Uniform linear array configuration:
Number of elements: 16
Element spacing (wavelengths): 0.75
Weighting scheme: cosine
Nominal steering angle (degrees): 30
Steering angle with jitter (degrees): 31.88
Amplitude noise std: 0.05
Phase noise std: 0.05

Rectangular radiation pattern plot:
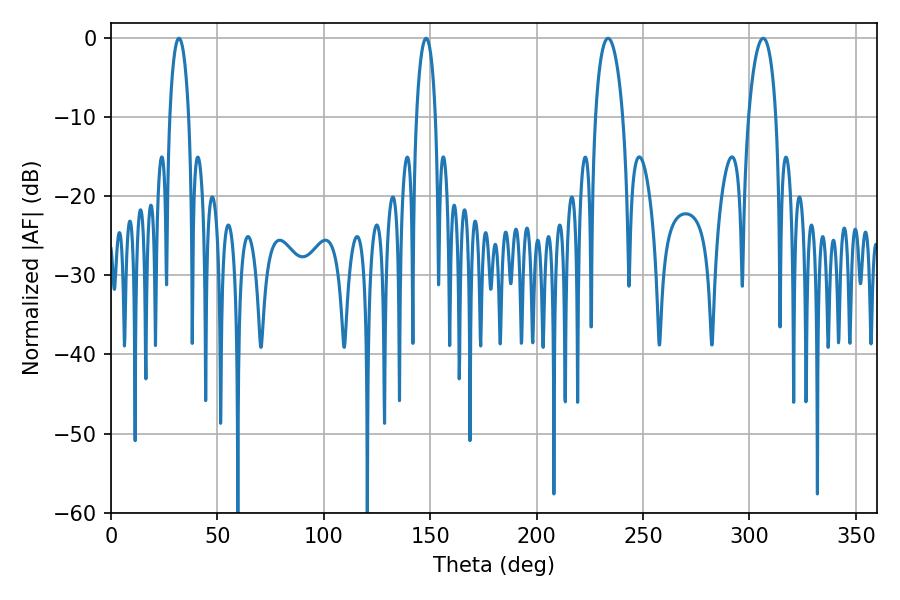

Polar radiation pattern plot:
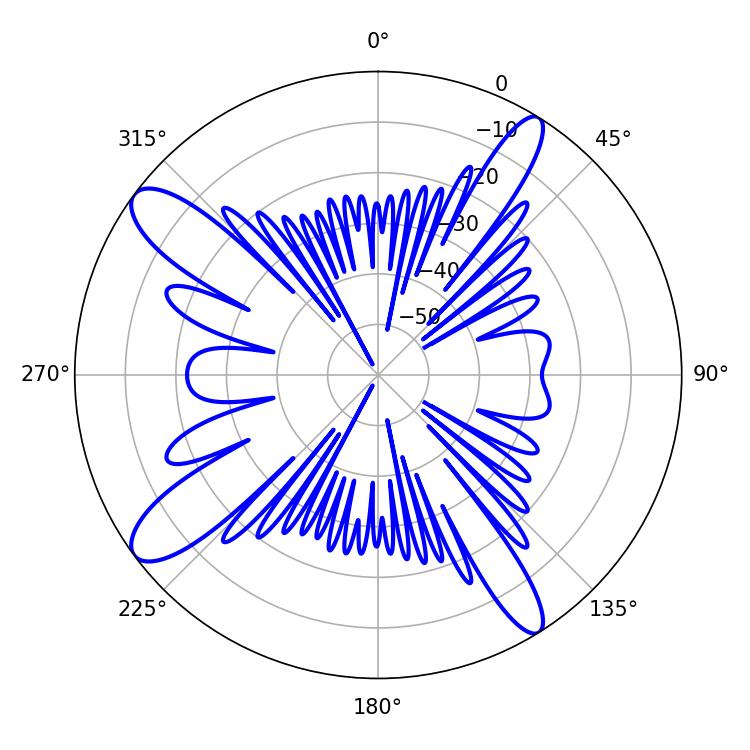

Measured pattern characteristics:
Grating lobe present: TRUE
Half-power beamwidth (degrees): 7.38
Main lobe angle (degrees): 233.46